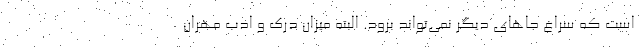
است که سراغ جاهای دیگر نمی‌تواند برود. البته میزان درک و ادب مهران